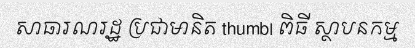
សាធារណរដ្ឋ ប្រជាមានិត thumb| ពិធី ស្ថាបនកម្ម